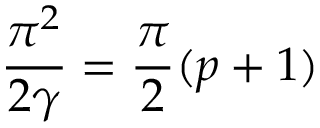
\frac { \pi ^ { 2 } } { 2 \gamma } = \frac { \pi } { 2 } ( p + 1 ) \protect